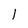
Character: l